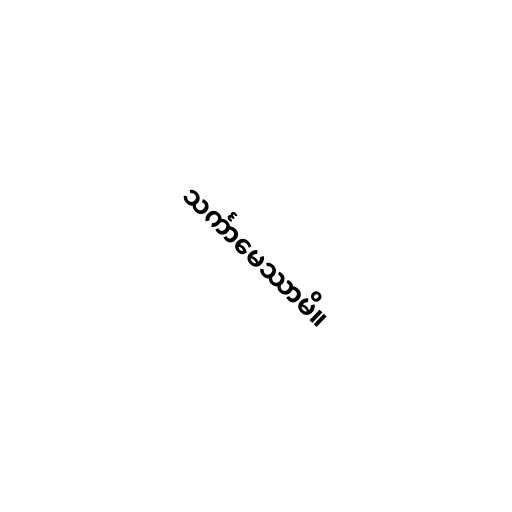
သင်္ကာမေဿာမိ။